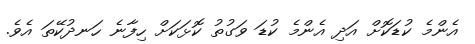
އެންމެ ކުޑަކޮށް އަދި އެންމެ ކުޑަ ވަގުތު ކޮޅަކަށް ހިފާނެ ހަނދުކޭތަ އެވެ.